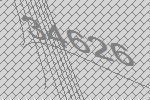
34626